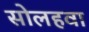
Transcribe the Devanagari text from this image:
सोलहवा